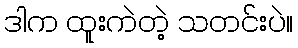
ဒါက ထူးကဲတဲ့ သတင်းပဲ။